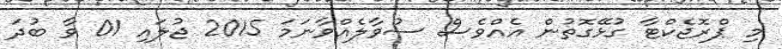
މި ޕްރޮޖެކްޓާ ގުޅޭގޮތުން އެއްވެސް ސުވާލެއްވާނަމަ 2015 ޖުލައި 01 ވާ ބުދަަ